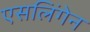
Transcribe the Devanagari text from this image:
एसलिंगेन